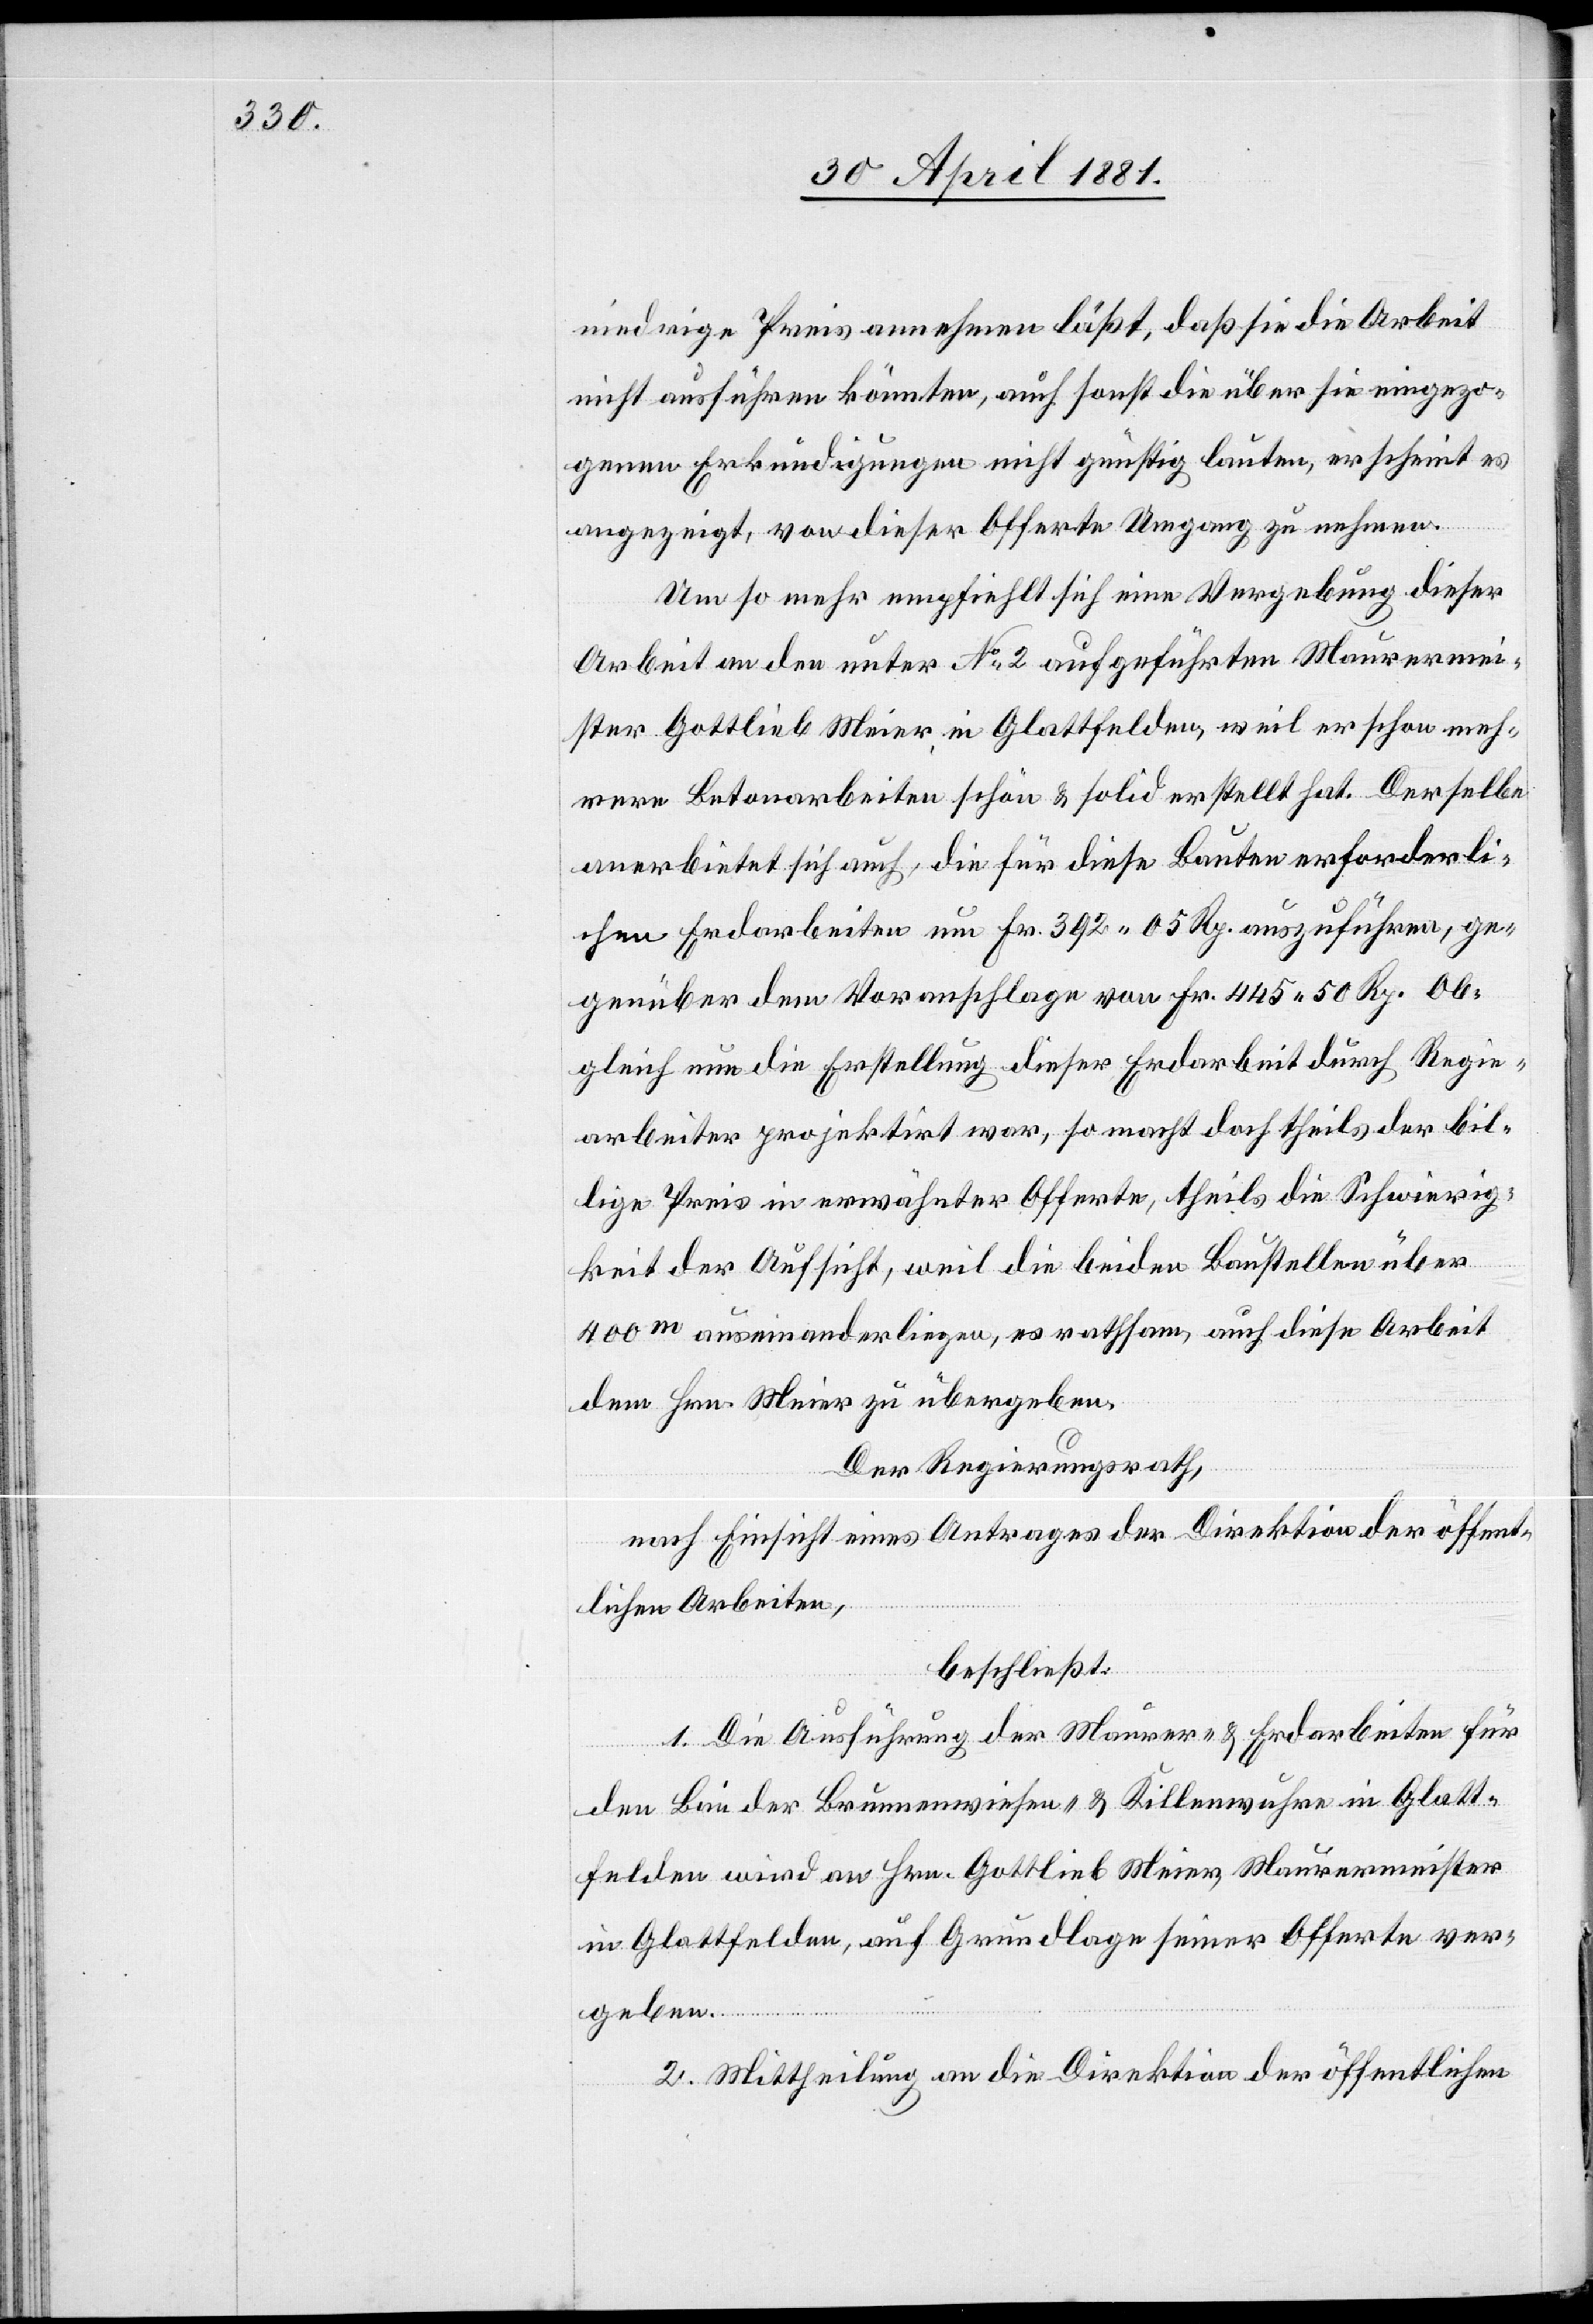
niedrige Preis annehmen läßt, daß sie die Arbeit
nicht ausführen könnten, auch sonst die über sie eingezo¬
genen Erkundigungen nicht günstig lauten, erscheint es
angezeigt, von dieser Offerte Umgang zu nehmen.
Um so mehr empfiehlt sich eine Vergebung dieser
Arbeit an den unter No 2 aufgeführten Maurermei¬
ster Gottlieb Meier, in Glattfelden, weil er schon meh¬
rere Betonarbeiten schön & solid erstellt hat. Derselbe
anerbietet sich auch, die für diese Bauten erforderli¬
chen Erdarbeiten um Fr. 392 05 Rp. auszuführen, ge¬
genüber dem Voranschlage von Fr. 445 50 Rp. Ob¬
gleich nun die Erstellung dieser Erdarbeit durch Regie¬
arbeiter projektirt war, so macht doch theils der bil¬
lige Preis in erwähnter Offerte, theils die Schwierig¬
keit der Aufsicht, weil die beiden Baustellen über
400 m auseinanderliegen, es rathsam, auch diese Arbeit
dem Hrn. Meier zu übergeben.
Der Regierungsrath,
nach Einsicht eines Antrages der Direktion öffent¬
lichen Arbeiten,
beschließt:
1. Die Ausführung der Maurer- & Erdarbeiten für
den Bau der Brunnenwiesen- & Killenwuhren in Glatt¬
felden wird an Hrn. Gottlieb Meier, Maurermeister
in Glattfelden, auf Grundlage seiner Offerte ver¬
geben.
2. Mittheilung an die Direktion der öffentlichen